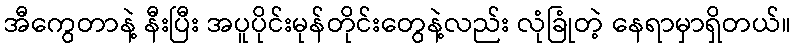
အီကွေတာနဲ့ နီးပြီး အပူပိုင်းမုန်တိုင်းတွေနဲ့လည်း လုံခြုံတဲ့ နေရာမှာရှိတယ်။